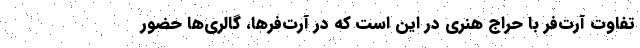
تفاوت آرت‌فر با حراج هنری در این است که در آرت‌فرها، گالری‌ها حضور